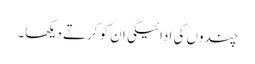
چندوں کی ادائیگی ان کو کرتے دیکھا۔